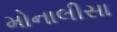
મોનાલીસા